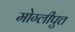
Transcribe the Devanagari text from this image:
मोग्लीपुत्त